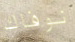
نوفاك